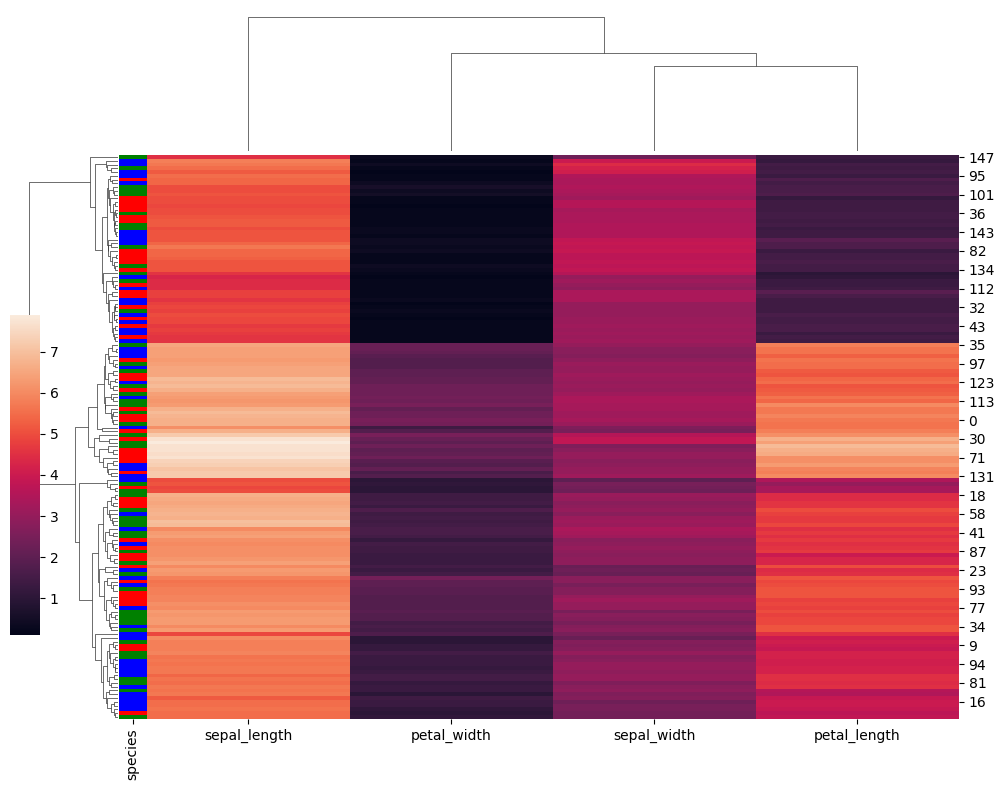
python, seaborn, clustermap, figsize=(10, 8), row_cluster=True, dendrogram_ratio=(0.1, 0.2), cbar_pos=(0, 0.2, 0.03, 0.4)